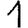
Digit: 1